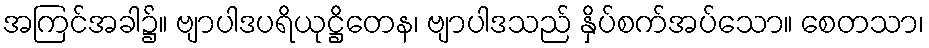
အကြင်အခါ၌။ ဗျာပါဒပရိယုဋ္ဌိတေန၊ ဗျာပါဒသည် နှိပ်စက်အပ်သော။ စေတသာ၊